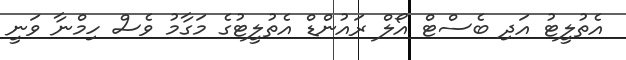
އެތުލީޓު އަދި ބެސްޓް އޯލް ރައުންޑް އެތުލީޓުގެ މަގާމު ވެސް ހިމްނާ ވަނީ